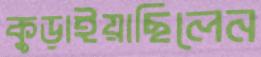
কুড়াইয়াছিলেন